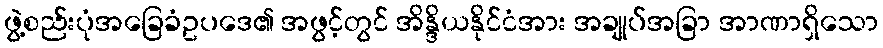
ဖွဲ့စည်းပုံအခြေခံဥပဒေ၏ အဖွင့်တွင် အိန္ဒိယနိုင်ငံအား အချုပ်အခြာ အာဏာရှိသော